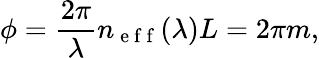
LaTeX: \phi=\frac{2\pi}{\lambda}n_{\mathrm{~e~f~f~}}(\lambda)L=2\pi m,